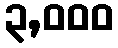
၃,၀၀၀